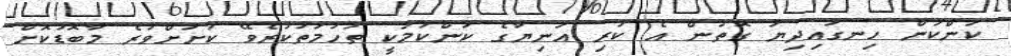
ކަންކަން ހިނގައިދިޔަ ގޮތުން އެ ކުރި އަނިޔާގެ ކަންކަމަކީ ތުހުމަތުކުރެވޭ ކުށަށްވުރެ މާބޮޑުކޮށް